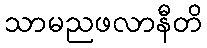
သာမညဖလာနီတိ